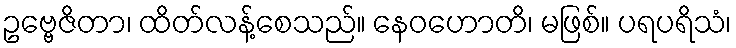
ဥဗ္ဗေဇိတာ၊ ထိတ်လန့်စေသည်။ နေဝဟောတိ၊ မဖြစ်။ ပရပရိသံ၊